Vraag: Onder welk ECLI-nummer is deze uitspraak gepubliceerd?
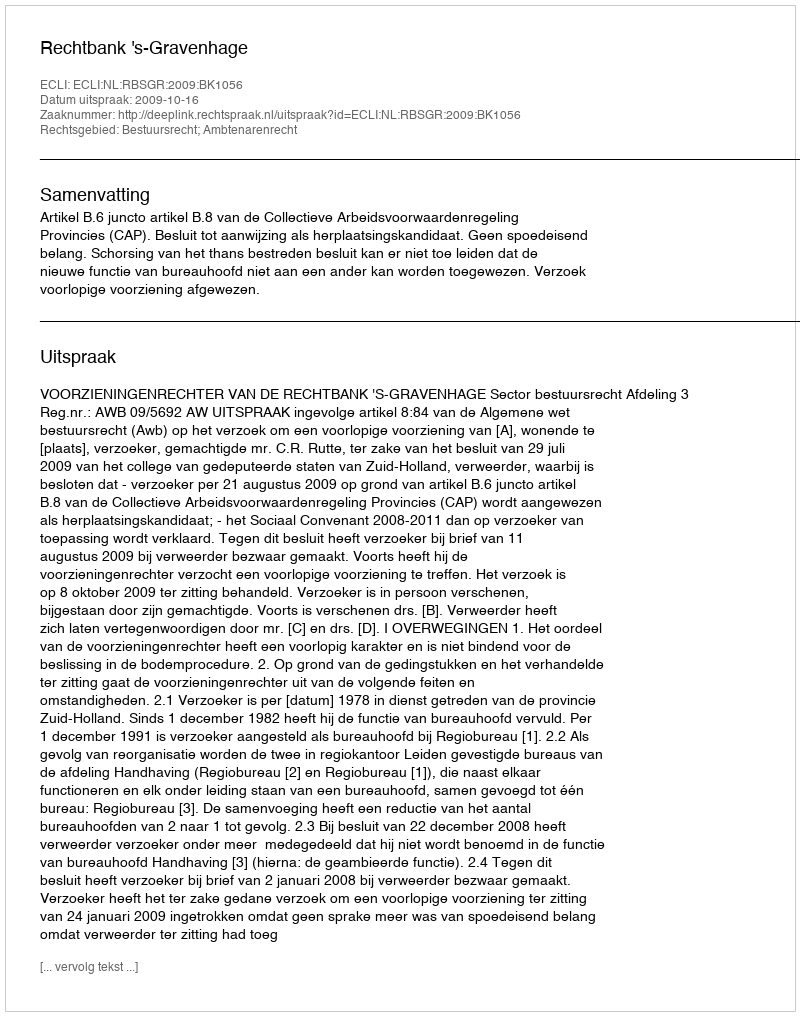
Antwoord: ECLI:NL:RBSGR:2009:BK1056